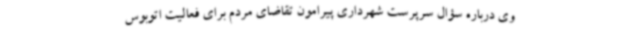
وی درباره سؤال سرپرست شهرداری پیرامون تقاضای مردم برای فعالیت اتوبوس